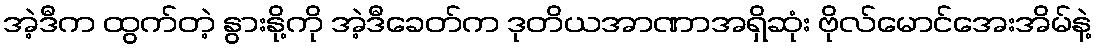
အဲ့ဒီက ထွက်တဲ့ နွားနို့ကို အဲ့ဒီခေတ်က ဒုတိယအာဏာအရှိဆုံး ဗိုလ်မောင်အေးအိမ်နဲ့